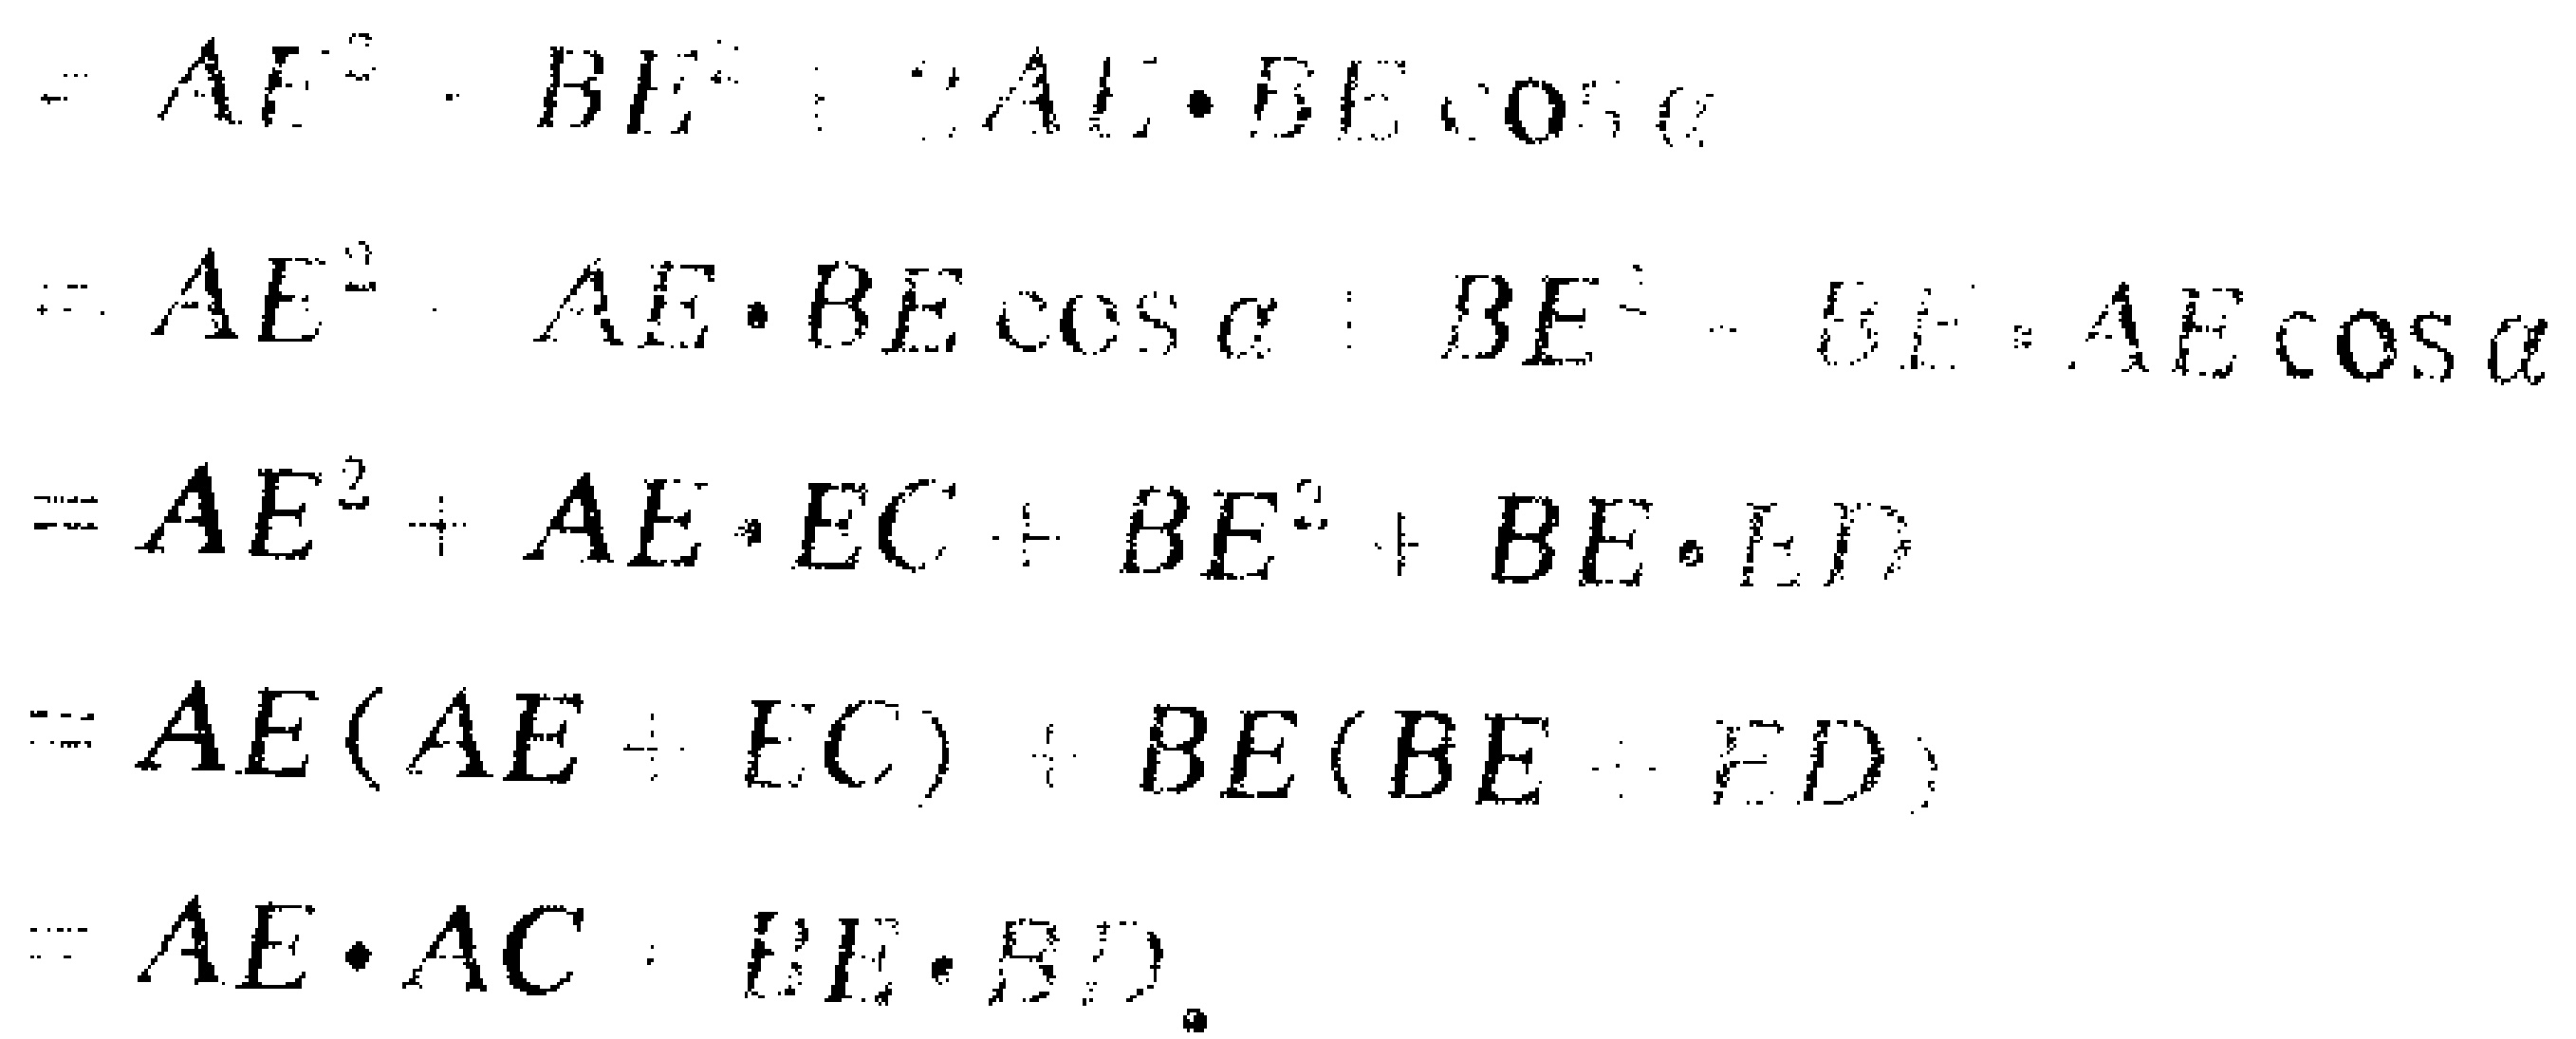
\[

\begin{align*}

&=AE^{2}+BE^{2}+AE\cdot BE\cos\alpha\\

&=AE^{2}+AE\cdot BE\cos\alpha + BE^{2}-BE\cdot AE\cos\alpha\\

&=AE^{2}+AE\cdot EC + BE^{2}+BE\cdot ED\\

&=AE(AE + EC)+BE(BE + ED)\\

&=AE\cdot AC+BE\cdot BD

\end{align*}

\]